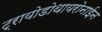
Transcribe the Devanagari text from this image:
ट्रायोडोथायरोनाईन